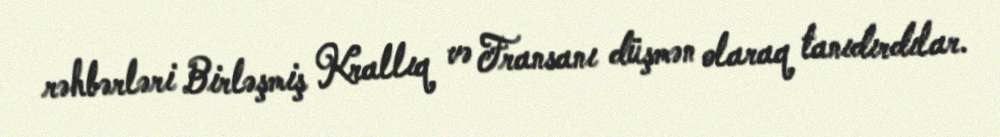
rəhbərləri Birləşmiş Krallıq və Fransanı düşmən olaraq tanıdırdılar.